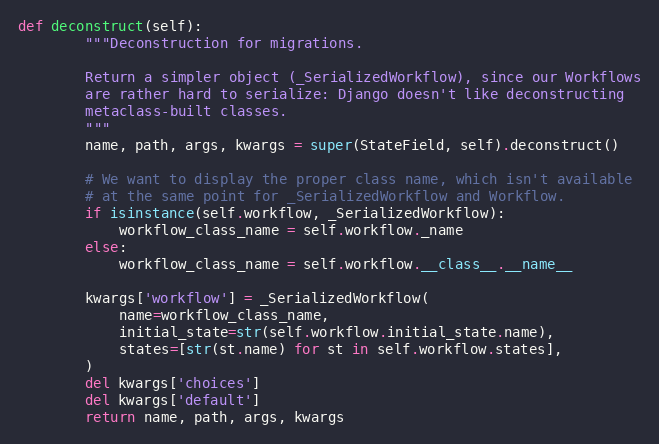
Language: Python
def deconstruct(self):
        """Deconstruction for migrations.

        Return a simpler object (_SerializedWorkflow), since our Workflows
        are rather hard to serialize: Django doesn't like deconstructing
        metaclass-built classes.
        """
        name, path, args, kwargs = super(StateField, self).deconstruct()

        # We want to display the proper class name, which isn't available
        # at the same point for _SerializedWorkflow and Workflow.
        if isinstance(self.workflow, _SerializedWorkflow):
            workflow_class_name = self.workflow._name
        else:
            workflow_class_name = self.workflow.__class__.__name__

        kwargs['workflow'] = _SerializedWorkflow(
            name=workflow_class_name,
            initial_state=str(self.workflow.initial_state.name),
            states=[str(st.name) for st in self.workflow.states],
        )
        del kwargs['choices']
        del kwargs['default']
        return name, path, args, kwargs